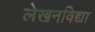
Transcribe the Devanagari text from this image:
लेखनविद्या